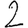
Digit: 2